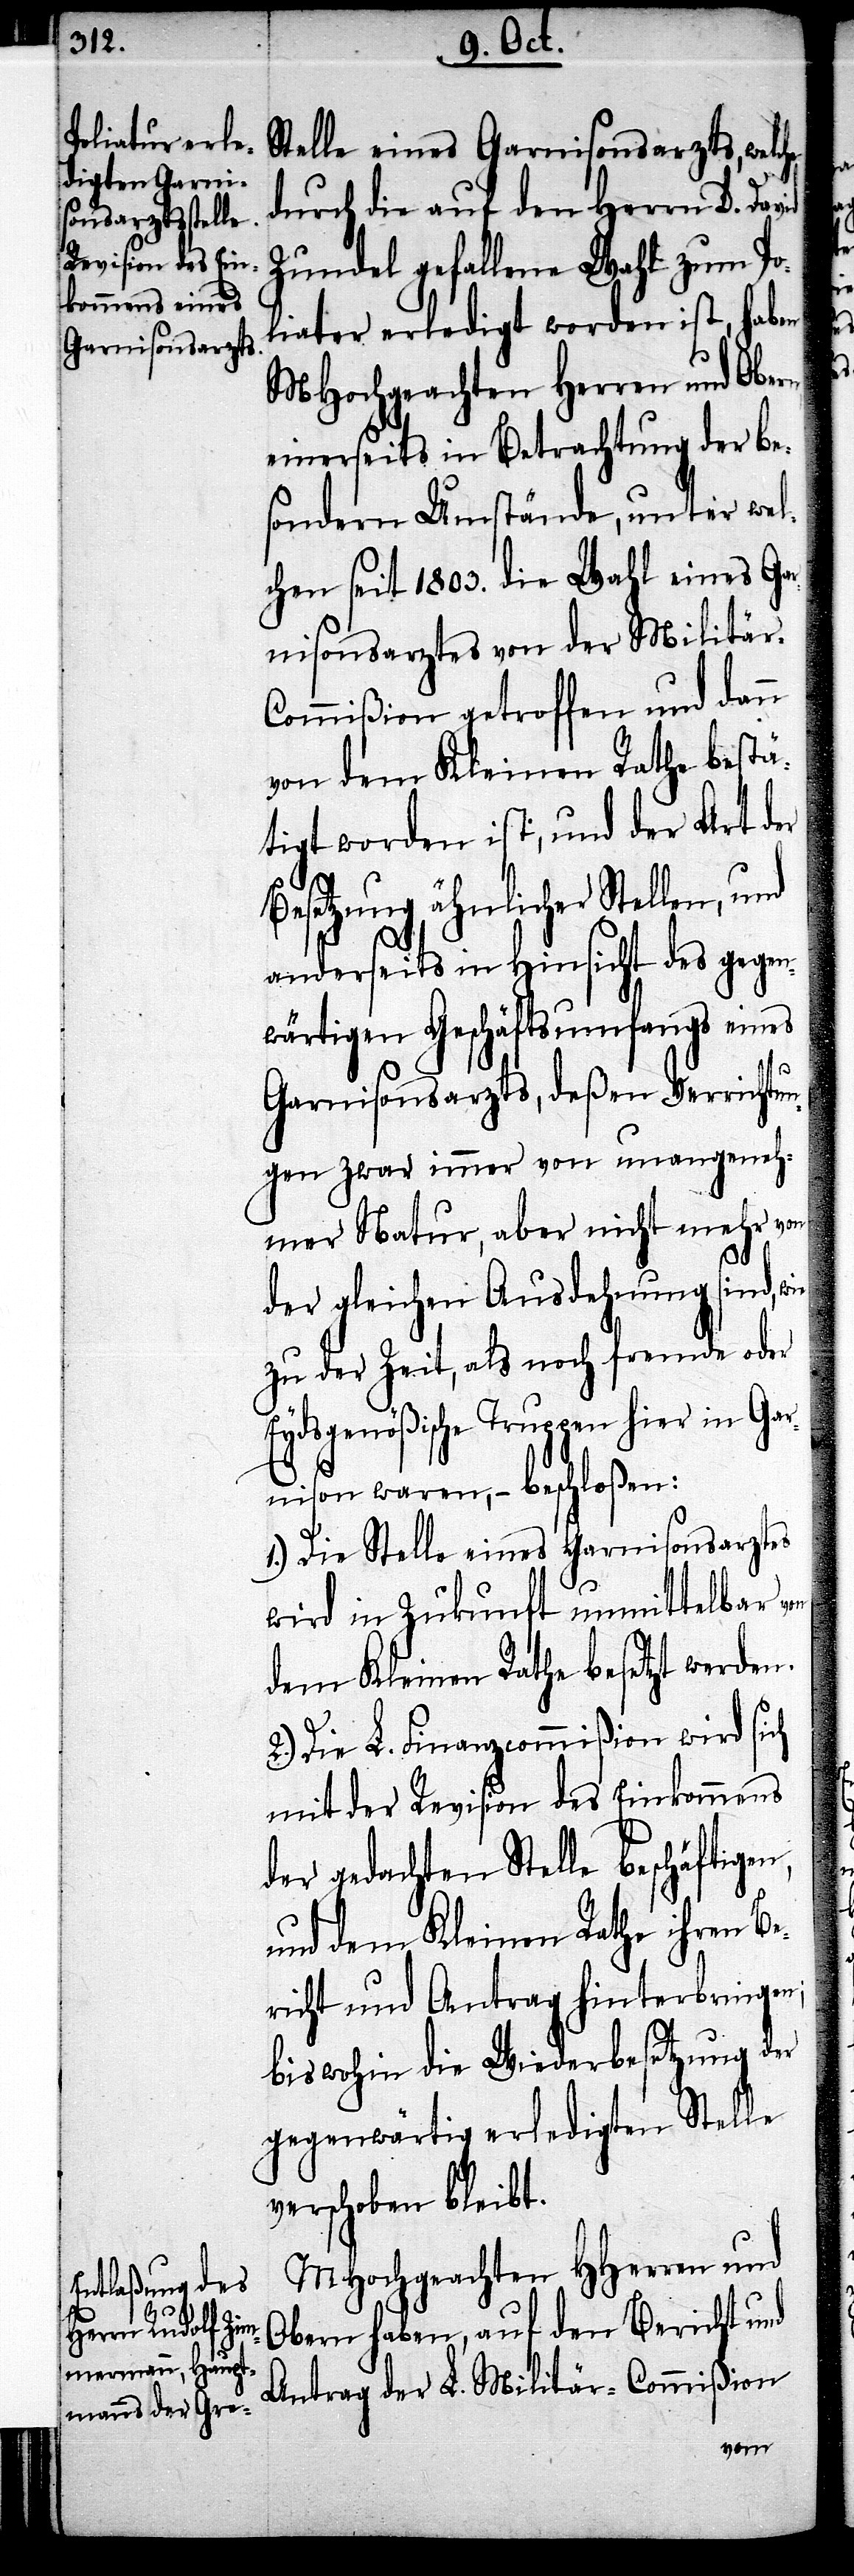
Stelle eines Garnisonsarzts, welc¬
durch die auf den Herrn D. Da¬
Zundel gefallene Wahl zum Po¬
liater erledigt worden ist, haben
MHochgeachten Herren und Obern
einerseits in Betrachtung der be¬
sondern Umstände, unter wel¬
chen seit 1803. die Wahl eines Gar¬
nisonsarztes von der Militär-C¬
ommißion getroffen und dann
von dem Kleinen Rathe bestä¬
tigt worden ist, und der Art der
Besetzung ähnlicher Stellen,
anderseits in Hinsicht des gegen¬
wärtigen Gschäftsumfangs eines
Garnisonsarzts, deßen Verrichtu¬
ngen zwar immer von unangeneh¬
mer Natur, aber nicht mehr von
der gleichen Ausdehnung sind, wie
zu der Zeit, als noch fremde oder
Eydsgenößische Truppen hier in Gar¬
nison waren, – beschloßen:
1.) Die Stelle eines Garnisonsarztes
wird in Zukunft unmittelbar von
dem Kleinen Rathe besetzt werden.
2.) Die L. Finanzcommißion wird sich
mit der Revision des Einkommens
der gedachten Stelle beschäftigen,
und dem Kleinen Rathe ihren Be¬
richt und Antrag hinterbringen,
bis wohin die Wiederbesetzung der
gegenwärtig erledigten Stelle
verschoben bleibt.
MHochgeachten HHerren und
Obern haben, auf den Bericht und
Antrag der L. Militär-Commißion
vid